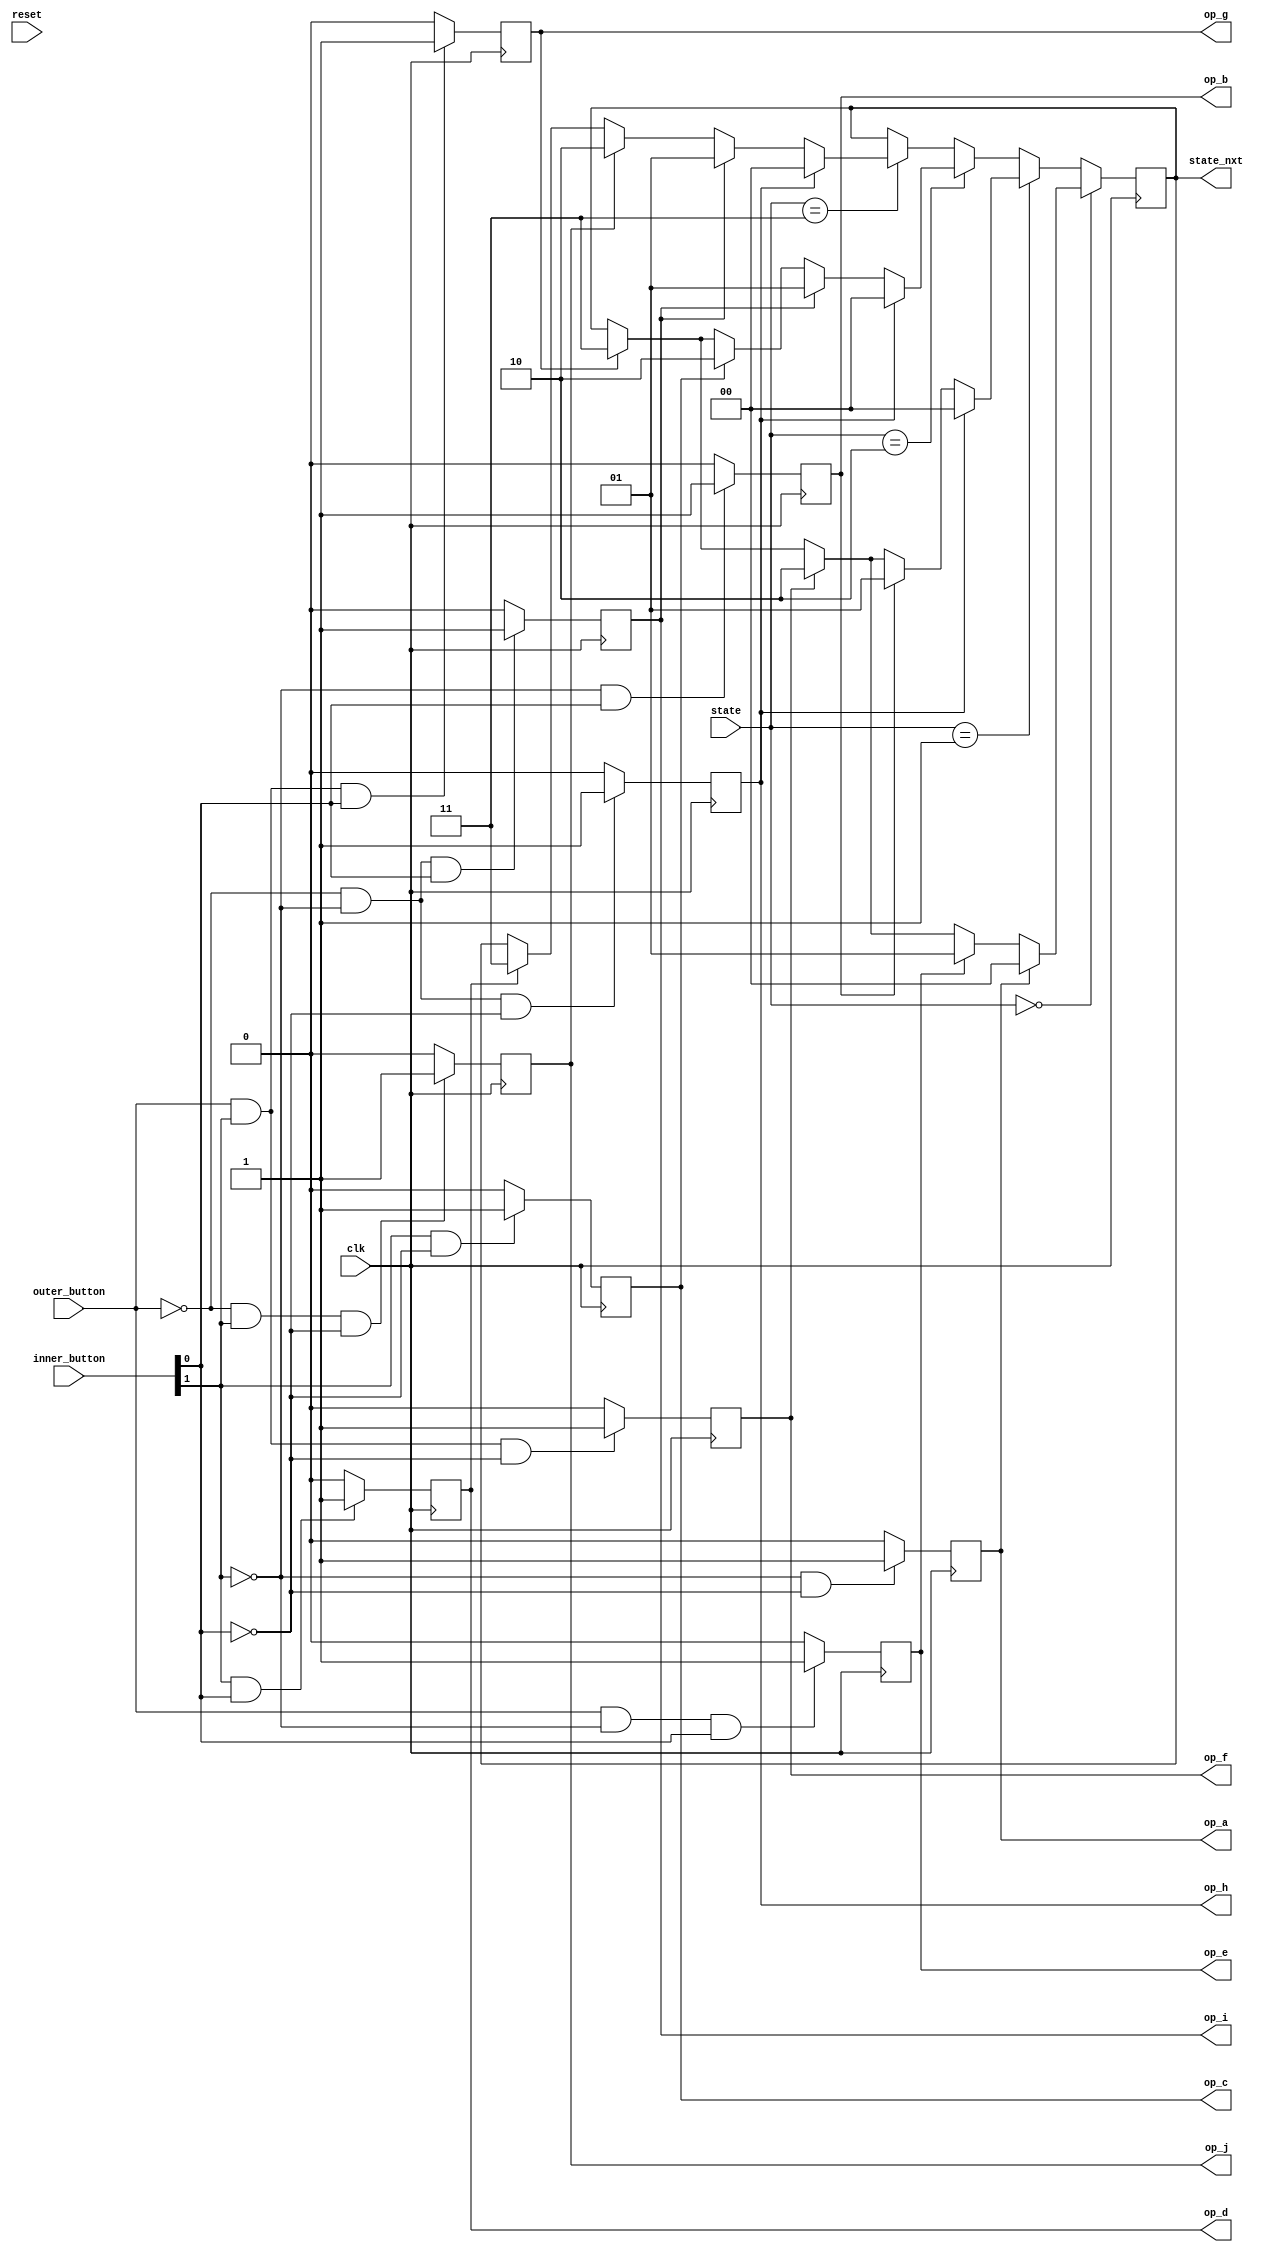
`timescale 1ns / 1ps
//////////////////////////////////////////////////////////////////////////////////
// Company: 
// Engineer: 
// 
// Design Name: 
// Module Name:    elevator_statemachine 
// Project Name: 
// Target Devices: 
// Tool versions: 
// Description: 
//
// Dependencies: 
//
// Revision: 
// Revision 0.01 - File Created
// Additional Comments: 
//
//////////////////////////////////////////////////////////////////////////////////
module elevator_statemachine(
       input outer_button,
       input[1:0] inner_button,
       input clk,
		 input reset,
		 input[1:0] state,
		 output reg[1:0] state_nxt,
		 output reg op_a,
output reg op_b,
output reg op_c,
output reg op_d,
output reg op_e,
output reg op_f,
output reg op_g,
output reg op_h,
output reg op_i,
output reg op_j
    );
reg[1:0] state_a=00;
reg[1:0] state_b=01;
reg[1:0] state_c=10;
reg[1:0] state_d=11;


	 
always@(posedge clk)
  begin
if((outer_button==0||outer_button==1)&(inner_button[1]==0)&(inner_button[0]==0))
      op_a=1;
	 else
	 op_a=0;
	 
	 if((outer_button==0||outer_button==1)&(inner_button[1]==0)&(inner_button[0]==1))
      op_b=1;
	 else
	 op_b=0;
	 
	 if((outer_button==0||outer_button==1)&(inner_button[1]==1)&(inner_button[0]==0))
      op_c=1;
	 else
	 op_c=0;
	 
	 if((outer_button==0||outer_button==1)&(inner_button[1]==1)&(inner_button[0]==1))
      op_d=1;
	 else
	 op_d=0;
	 
	 if((outer_button==1)&(inner_button[1]==0)&(inner_button[0]==1))
      op_e=1;
	 else
	 op_e=0;
	 
	 if((outer_button==1)&(inner_button[1]==1)&(inner_button[0]==0))
      op_f=1;
	 else
	 op_f=0;
	 
	 if((outer_button==1)&(inner_button[1]==1)&(inner_button[0]==1))
      op_g=1;
	 else
	 op_g=0;
	 
	 if((outer_button==0)&(inner_button[1]==0)&(inner_button[0]==0))
      op_h=1;
	 else
	 op_h=0;
	 
	 if((outer_button==0)&(inner_button[1]==0)&(inner_button[0]==1))
      op_i=1;
	 else
	 op_i=0;
	 
	 if((outer_button==0)&(inner_button[1]==1)&(inner_button[0]==0))
      op_j=1;
	 else
	 op_j=0;
	 	 
end


always@(posedge clk)
  begin
   if(state==state_a)
	begin  
		if(op_a)
	   state_nxt=state_a;
	   
		else if(op_e)
	   state_nxt=state_b;
	   
		else if(op_f)
	   state_nxt=state_c;
	   
		else if(op_g)
	   state_nxt=state_d;
	 end
	 else if(state==state_b)
	 begin
		if(op_h)
	   state_nxt=state_a;
	   
		else if(op_b)
	   state_nxt=state_b;
	   
		else if(op_f)
	   state_nxt=state_c;
	   
		else if(op_g)
	   state_nxt=state_d;
	 end
	 else if(state==state_c)
	 begin
		if(op_h)
	   state_nxt=state_a;
	   
		else if(op_i)
	   state_nxt=state_b;
	   
		else if(op_c)
	   state_nxt=state_c;
	   
		else if(op_g)
	   state_nxt=state_d;
	 end
	 else if(state==state_d)
	 begin
	   
		if(op_h)
	   state_nxt=state_a;
	   
		else if(op_i)
	   state_nxt=state_b;
	   
		else if(op_j)
	   state_nxt=state_c;
	   
		else if(op_d)
	   state_nxt=state_d;
	 end	
  end
endmodule